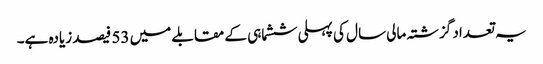
یہ تعداد گزشتہ مالی سال کی پہلی ششماہی کے مقابلے میں 53 فیصد زیادہ ہے۔